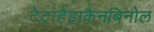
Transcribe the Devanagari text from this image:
टेट्राहैड्राकैनबिनोल